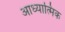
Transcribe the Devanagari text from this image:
आध्‍यात्मिक